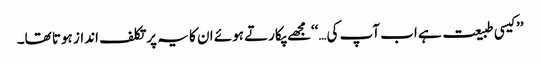
’’کیسی طبیعت ہے اب آپ کی…‘‘مجھے پکارتے ہوئے ان کا یہ پرتکلف انداز ہوتا تھا۔